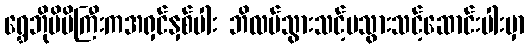
ရွှေဘိုမိမိကြီးကအရှင်နှစ်ပါး ဘိလပ်သွားသင့်မသွားသင့်ဆောင်းပါးမှာ